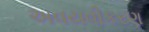
અવયવીકરણ